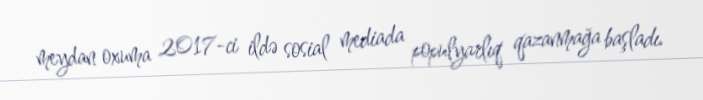
meydan oxuma 2017-ci ildə sosial mediada populyarlıq qazanmağa başladı.